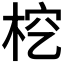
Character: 𣑒